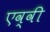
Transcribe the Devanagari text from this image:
एव्वी